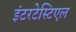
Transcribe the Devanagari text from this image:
इंटरटेस्टिएल